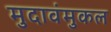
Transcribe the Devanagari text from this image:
मुदावंमुकल